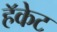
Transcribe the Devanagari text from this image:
हॅकेट